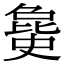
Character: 𣬐